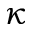
\kappa